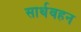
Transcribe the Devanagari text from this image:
सार्थवहन